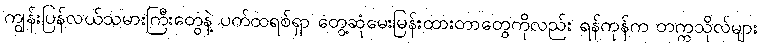
ကျွန်းပြန်လယ်သမားကြီးတွေနဲ့ ပက်ထရစ်ရှာ တွေ့ဆုံမေးမြန်းထားတာတွေကိုလည်း ရန်ကုန်က တက္ကသိုလ်များ